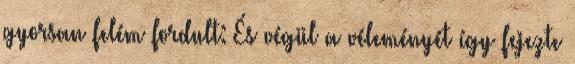
gyorsan felém fordult: És végül a véleményét így fejezte